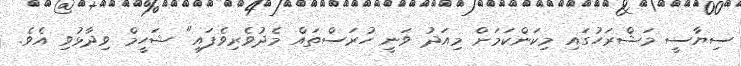
ސިޔާސީ މަޝްރަހުގައި މިކަންކަމަށް މިއަދު ވަނީ ހުރަސްތައް މެދުވެރިވެފައި" ޝަހީމް ވިދާޅުވި އެވެ.